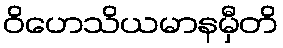
ဝိဟေသိယမာနမှီတိ